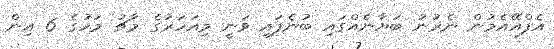
އެފްއޭއެމުން ނެރުނު ބަޔާނެއްގައި ބުނެފައި ވަނީ މިއަހަރުގެ މާޗު މަހުގެ 6 އިން